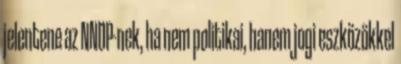
jelentene az NNDP-nek, ha nem politikai, hanem jogi eszközökkel